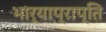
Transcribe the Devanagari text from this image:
भार्याप्राप्ति